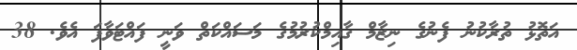
އަތޮޅު ތުރާކުނު ފެނުގެ ނިޒާމް ގާއިމްކުރުމުގެ މަސައްކަތް ވަނީ ފައްޓަވާފަ އެވެ. 38